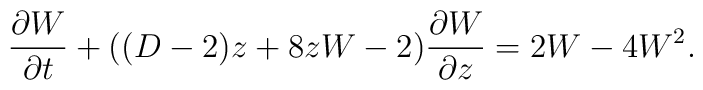
\frac{\partial W}{\partial t}+((D-2)z+8zW-2)\frac{\partial W}{\partial z} = 2W- 4W^{2}.